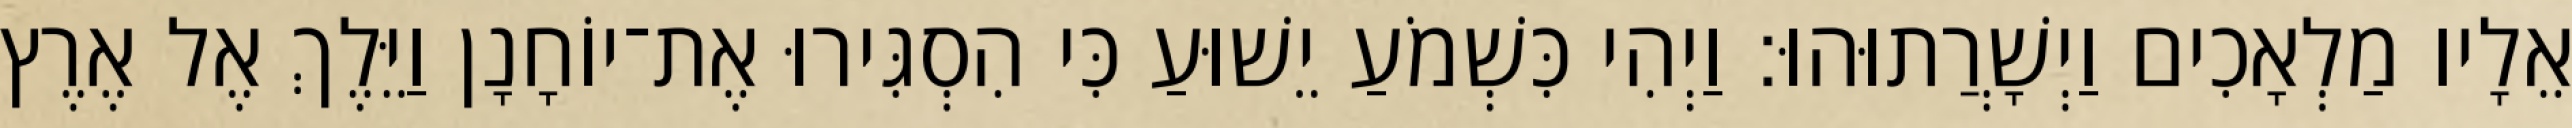
אֵלָיו מַלְאָכִים וַיְשָׁרֲתוּהוּ׃ וַיְהִי כִּשְׁמֹעַ יֵשׁוּעַ כִּי הִסְגִּירוּ אֶת־יוֹחָנָן וַיֵּלֶךְ אֶל אֶרֶץ